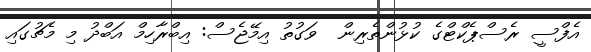
އެފްސީ ރެސްޕެކްޓްގެ ކުޅުންތެރިން  ވަގުތު އިމޭޖެސް: އިބްރާހިމް އަބްދު މި މެޗުގައި